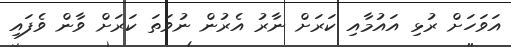
އަވަހަށް ރުޅި އައުމާއި ކަރަށް ނާރު އެރުން ނުވަތަ ކަރަށް ވާން ވެފައި